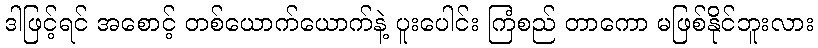
ဒါဖြင့်ရင် အစောင့် တစ်ယောက်ယောက်နဲ့ ပူးပေါင်း ကြံစည် တာကော မဖြစ်နိုင်ဘူးလား